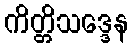
ကိတ္တိသဒ္ဒေန